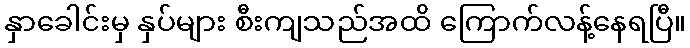
နှာခေါင်းမှ နှပ်များ စီးကျသည်အထိ ကြောက်လန့်နေရပြီ။